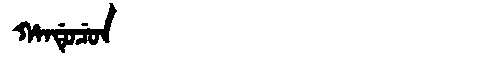
Manchu: ᡥᠠᠨᡩᡠᠴᡠᠨ
Romanization: HANDUCUN